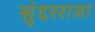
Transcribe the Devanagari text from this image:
सुंदरराजा